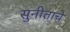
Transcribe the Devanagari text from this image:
सुनीताचे